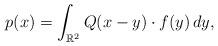
LaTeX: \begin{align*}p(x)=\int_{\mathbb R^2}Q(x-y)\cdot f(y)\,dy,\end{align*}